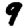
Digit: 9